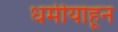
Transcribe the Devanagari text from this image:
धर्मीयांहून